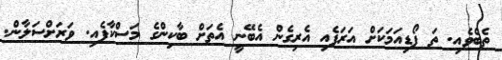
ތެބެވެއި. ތަ ޕޯޑިއަމަކަށް އަރަފެއި އެރިގެން އެބޭނީ އެތަށް ބާކިންގެ މަސްކާފެއި. ވަރަށްސަލާން.